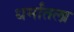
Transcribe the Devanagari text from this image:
धर्मांतला